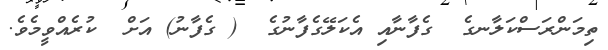
ތިމަންރަސްކަލާނގެ  ގެފާނާއި އެކަލޭގެފާނުގެ  ( ގެފާނު) އަށް  ކުރެއްވީމެވެ.